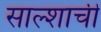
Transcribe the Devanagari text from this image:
साल्शाची